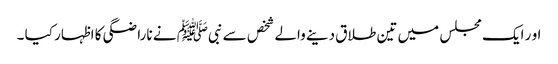
او ر ایک مجلس میں تین طلاق دینے والے شخص سے نبیﷺ نے ناراضگی کا اظہار کیا ۔